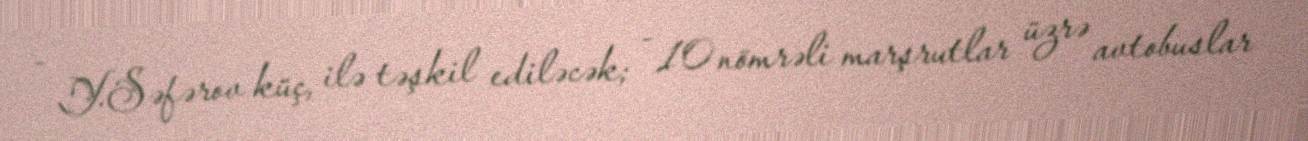
- Y.Səfərov küç, ilə təşkil ediləcək; - 10 nömrəli marşrutlar üzrə avtobuslar